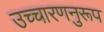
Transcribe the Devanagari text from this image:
उच्चारणनुरूप